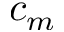
c _ { m }